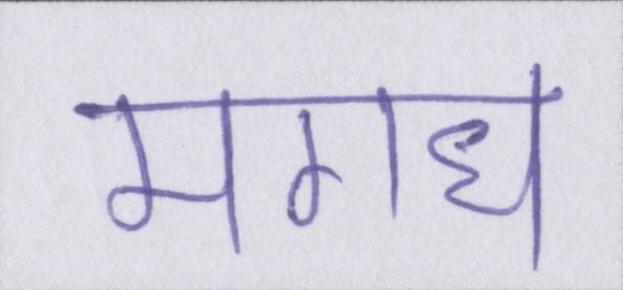
मगध